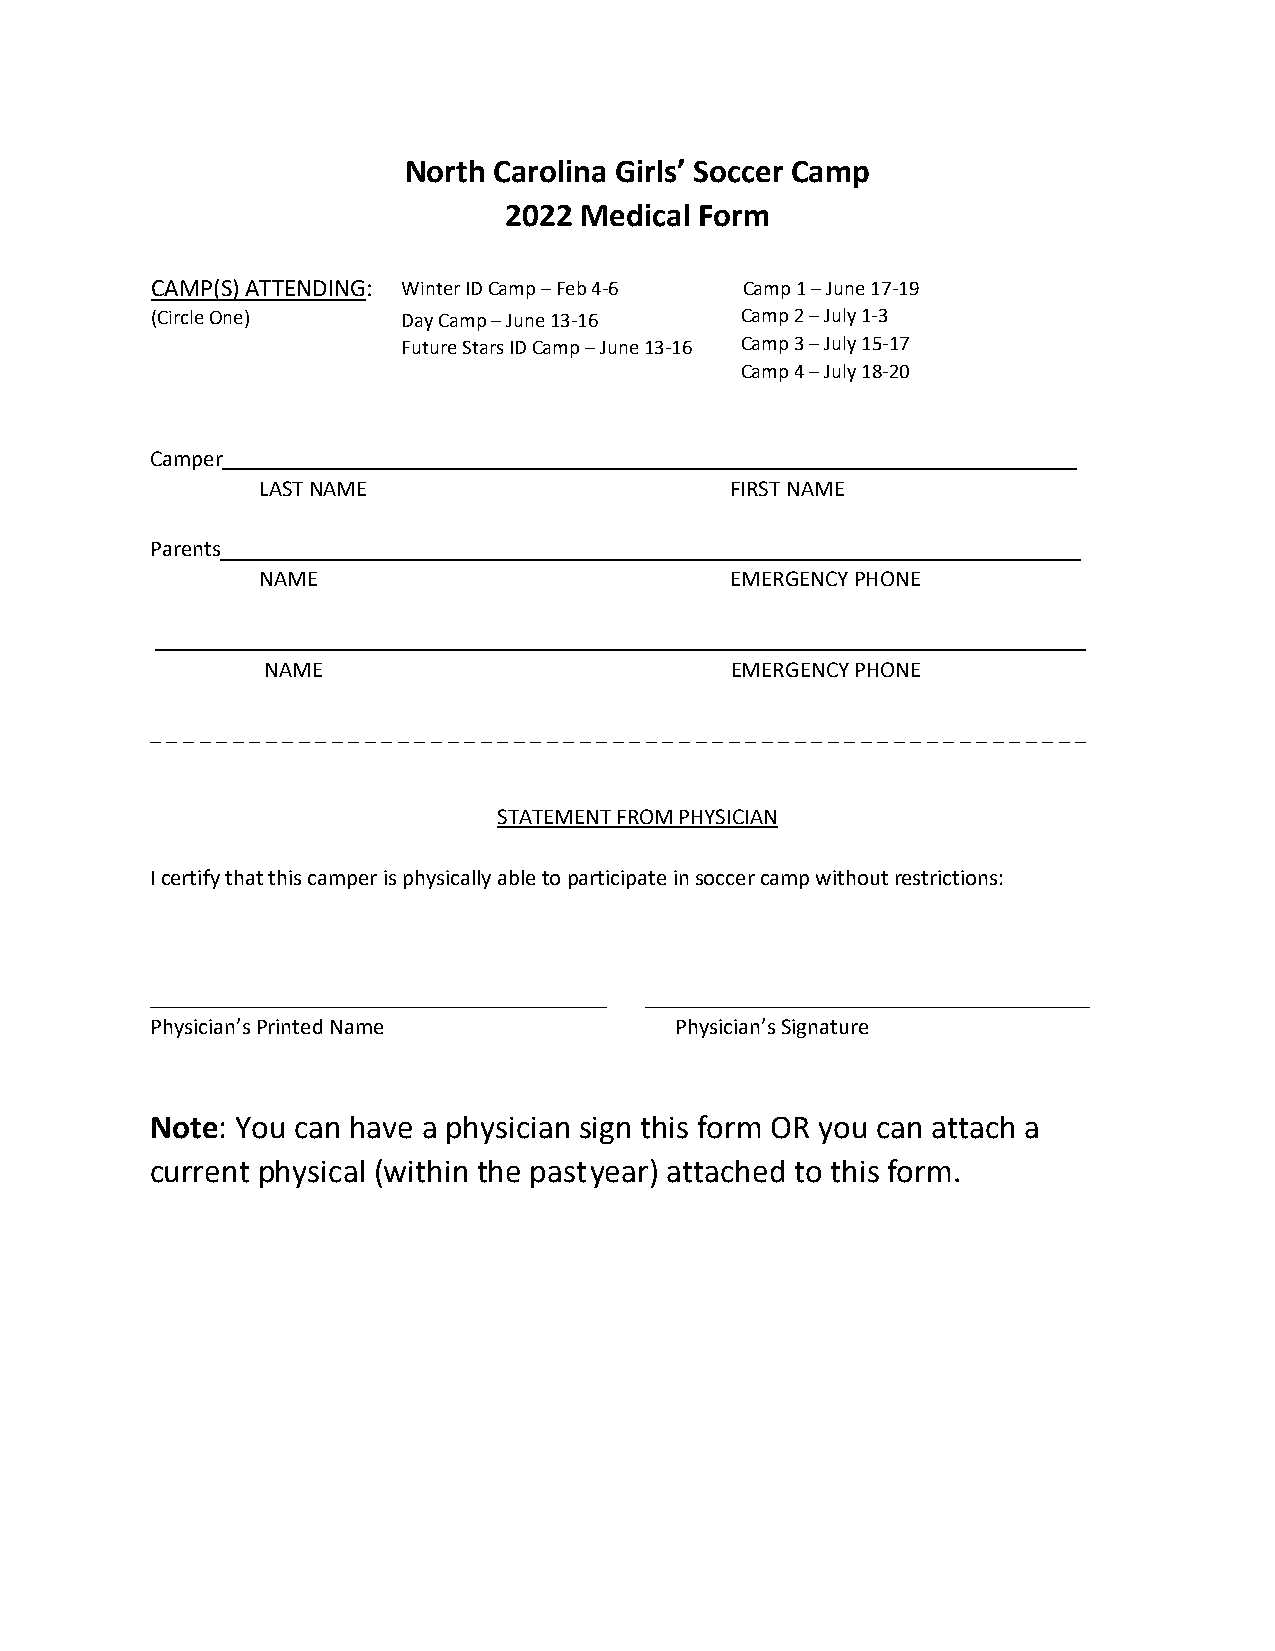
North Carolina Girls’ Soccer Camp
 2022 Medical Form
 CAMP(S) ATTENDING: Winter ID Camp – Feb 4‐6 Camp 1 – June 17‐19
 (Circle One)     Day Camp – June 13‐16 Camp 2 – July 1‐3
 Future Stars ID Camp – June 13‐16 Camp 3 – July 15‐17
 Camp 4 – July 18‐20
 Camper
 LAST NAME                      FIRST NAME
 Parents
 NAME                           EMERGENCY PHONE
 NAME                          EMERGENCY PHONE
 _ _ _ _ _ _ _ _ _ _ _ _ _ _ _ _ _ _ _ _ _ _ _ _ _ _ _ _ _ _ _ _ _ _ _ _ _ _ _ _ _ _ _ _ _ _ _ _ _ _ _ _ _ _ _ _ _
 STATEMENT FROM PHYSICIAN
 I certify that this camper is physically able to participate in soccer camp without restrictions:
 Physician’s Printed Name           Physician’s Signature
 Note: You can have a physician sign this form OR you can attach a
 current physical (within the past year) attached to this form.